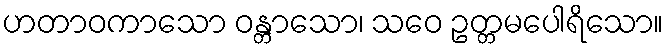
ဟတာဝကာသော ဝန္တာသော၊ သဝေ ဥတ္တမပေါရိသော။